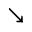
\searrow